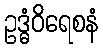
ဥဒ္ဓံဝိရေစနံ